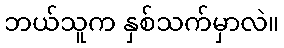
ဘယ်သူက နှစ်သက်မှာလဲ။